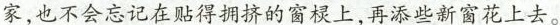
家，也不会忘记在贴得拥挤的窗棂上，再添些新窗花上去。